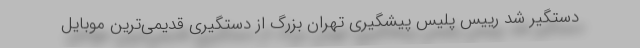
دستگیر شد رییس پلیس پیشگیری تهران بزرگ از دستگیری قدیمی‌ترین موبایل